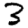
Digit: 3